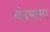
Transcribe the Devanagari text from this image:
चंदमामा